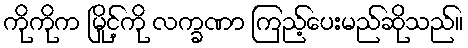
ကိုကိုက မြိုင့်ကို လက္ခဏာ ကြည့်ပေးမည်ဆိုသည်။